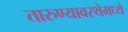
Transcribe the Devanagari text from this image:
तारुण्यावस्थेमध्ये